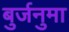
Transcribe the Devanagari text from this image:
बुर्जनुमा